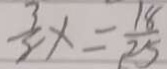
\frac { 3 } { 8 } x = \frac { 1 8 } { 2 5 }